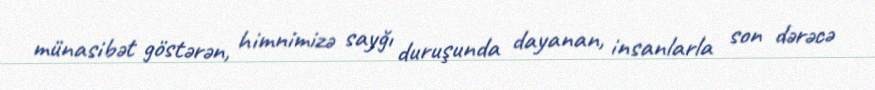
münasibət göstərən, himnimizə sayğı duruşunda dayanan, insanlarla son dərəcə